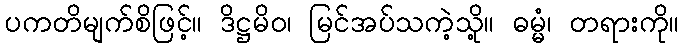
ပကတိမျက်စိဖြင့်။ ဒိဋ္ဌမိဝ၊ မြင်အပ်သကဲ့သို့။ ဓမ္မံ၊ တရားကို။